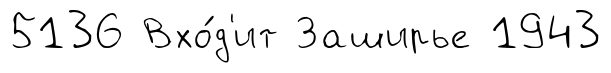
5136 Вхо́д'ит Заширье 1943